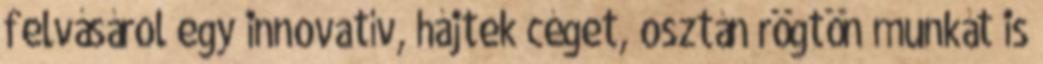
felvásárol egy innovatív, hájtek céget, osztán rögtön munkát is